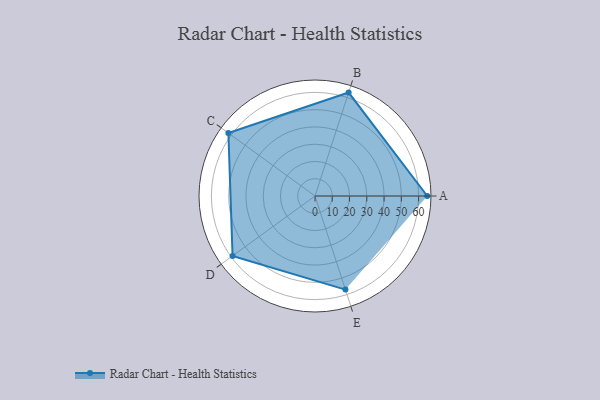
{"axis": {"x": "Skill", "y": "Score"}, "legend": ["Profile"], "data": [{"x": "A", "y": 65.0, "type": "Profile"}, {"x": "B", "y": 63.0, "type": "Profile"}, {"x": "C", "y": 62.0, "type": "Profile"}, {"x": "D", "y": 59.0, "type": "Profile"}, {"x": "E", "y": 57.0, "type": "Profile"}]}